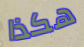
هكذا